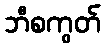
ဘီစကွတ်